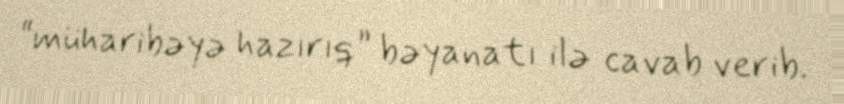
“müharibəyə hazırıq” bəyanatı ilə cavab verib.